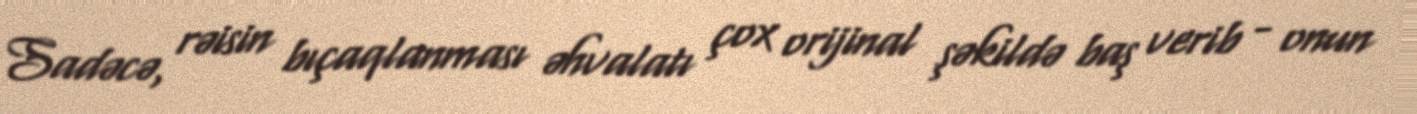
Sadəcə, rəisin bıçaqlanması əhvalatı çox orijinal şəkildə baş verib - onun